Indian journal of veterinary science and animal husbandry - Volume 3,
Year: 1933
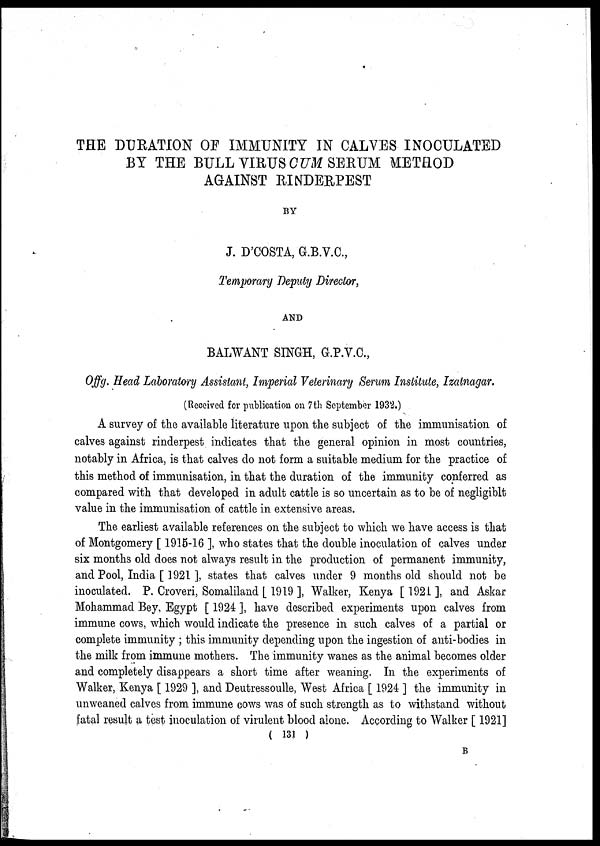
THE DURATION OF IMMUNITY IN CALVES INOCULATED
BY THE BULL VIRUS CUM SERUM METHOD
AGAINST RINDERPEST
BY
J. D'COSTA, G.B.V.C.,
Temporary Deputy Director,
AND
BALWANT SINGH, G.P.V.C.,
Offg. Head Laboratory Assistant, Imperial Veterinary Serum Institute, Izatnagar.
(Received for publication on 7th September 1932.)
A survey of the available literature upon the subject of the immunisation of
calves against rinderpest indicates that the general opinion in most countries,
notably in Africa, is that calves do not form a suitable medium for the practice of
this method of immunisation, in that the duration of the immunity conferred as
compared with that developed in adult cattle is so uncertain as to be of negligiblt
value in the immunisation of cattle in extensive areas.
The earliest available references on the subject to which we have access is that
of Montgomery [ 1915-16 ], who states that the double inoculation of calves under
six months old does not always result in the production of permanent immunity,
and Pool, India [ 1921 ], states that calves under 9 months old should not be
inoculated. P. Croveri, Somaliland [ 1919 ], Walker, Kenya [1921 ], and Askar
Mohammad Bey, Egypt [ 1924 ], have described experiments upon calves from
immune cows, which would indicate the presence in such calves of a partial or
complete immunity ; this immunity depending upon the ingestion of anti-bodies in
the milk from immune mothers. The immunity wanes as the animal becomes older
and completely disappears a short time after weaning. In the experiments of
Walker, Kenya [ 1929 ], and Deutressoulle, West Africa [ 1924 ] the immunity in
unweaned calves from immune cows was of such strength as to withstand without
fatal result a test inoculation of virulent blood alone. According to Walker [ 1921]
( 131 )
B